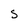
Character: s